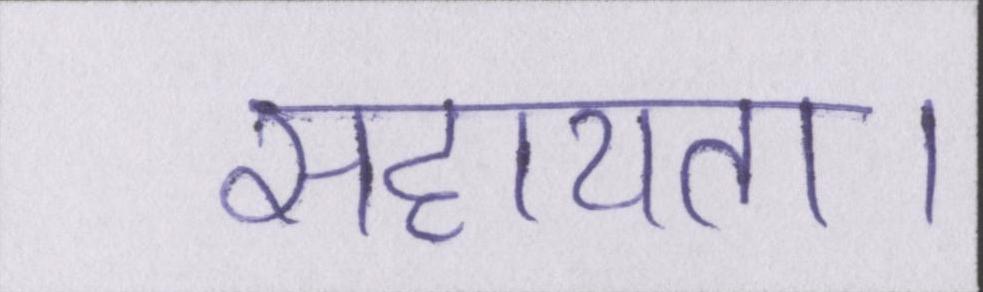
सहायता।